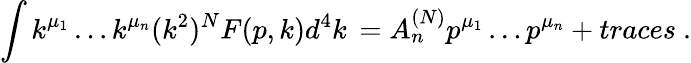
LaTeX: \int k^{\mu_{1}}\ldots k^{\mu_{n}}(k^{2})^{N}F(p,k)d^{4}k\, =A_{n}^{(N)}p^{\mu_{1}}\ldots p^{\mu_{n}}+traces\ .